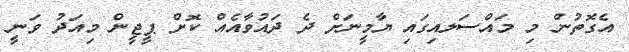
އެގޮތުން މި މައްސަލއިގައި ޔާމީނަށް ދެ ދައުވާއެއް ކޮށް ޕީޖީން މިއަދު ވަނީ